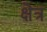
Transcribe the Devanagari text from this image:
क्षॆत्र